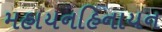
મહાયનહિનાયન